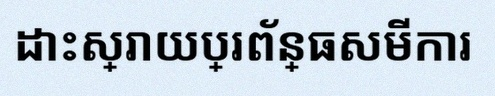
ដោះស្រាយប្រព័ន្ធសមីការ